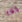
إذا